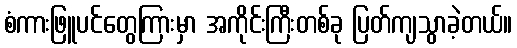
စံကားဖြူပင်တွေကြားမှာ အကိုင်းကြီးတစ်ခု ပြတ်ကျသွာခဲ့တယ်။